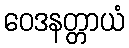
ဝေဒနတ္တာယံ